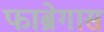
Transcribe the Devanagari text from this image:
फाब्रेगास